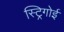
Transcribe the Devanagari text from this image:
स्ट्रिगोई